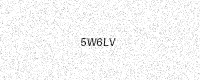
Text: 5W6LV